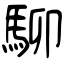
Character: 駠